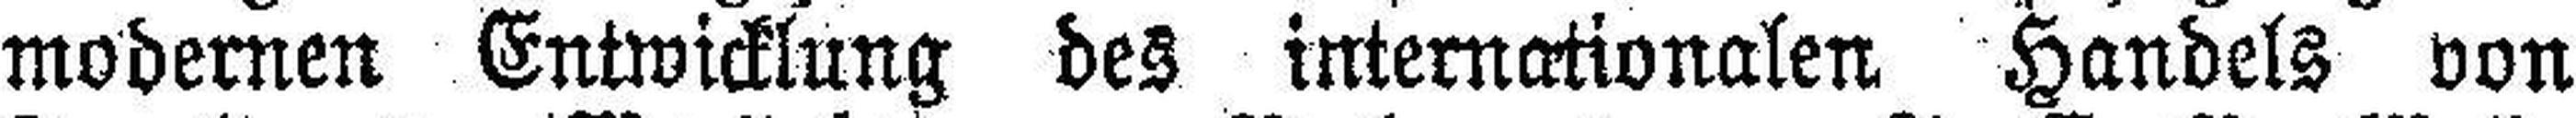
modernen Entwicklung des internationalen Handels von